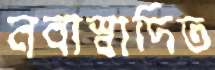
নবাস্বাদিত